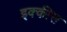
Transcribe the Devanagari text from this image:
इक्‍कीस